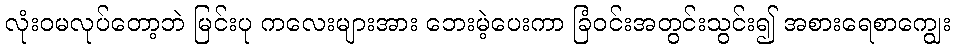
လုံးဝမလုပ်တော့ဘဲ မြင်းပု ကလေးများအား ဘေးမဲ့ပေးကာ ခြံဝင်းအတွင်းသွင်း၍ အစားရေစာကျွေး